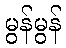
မွန်မွန်